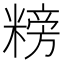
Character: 𥻭